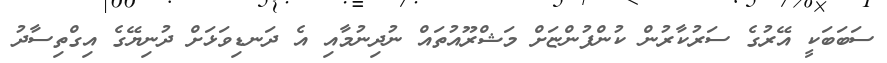
ސަބަބަކީ އޭރުގެ ސަރުކާރުން ކުންފުންޏަށް މަޝްރޫއުތައް ނުދިނުމާއި އެ ދަނޑިވަޅަށް ދުނިޔޭގެ އިގްތިސާދު